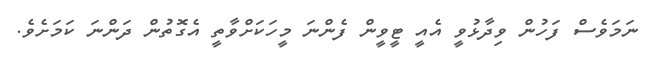
ނަމަވެސް ފަހުން ވިދާޅުވީ އެއީ ޓީވީން ފެންނަ މީހަކަށްވާތީ އެގޮތުން ދަންނަ ކަމަށެވެ.